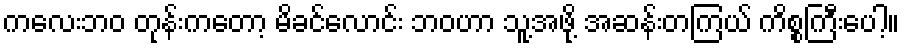
ကလေးဘဝ တုန်းကတော့ မိခင်လောင်း ဘဝဟာ သူ့အဖို့ အဆန်းတကြယ် ကိစ္စကြီးပေါ့။